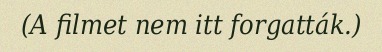
(A filmet nem itt forgatták.)